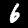
Digit: 6